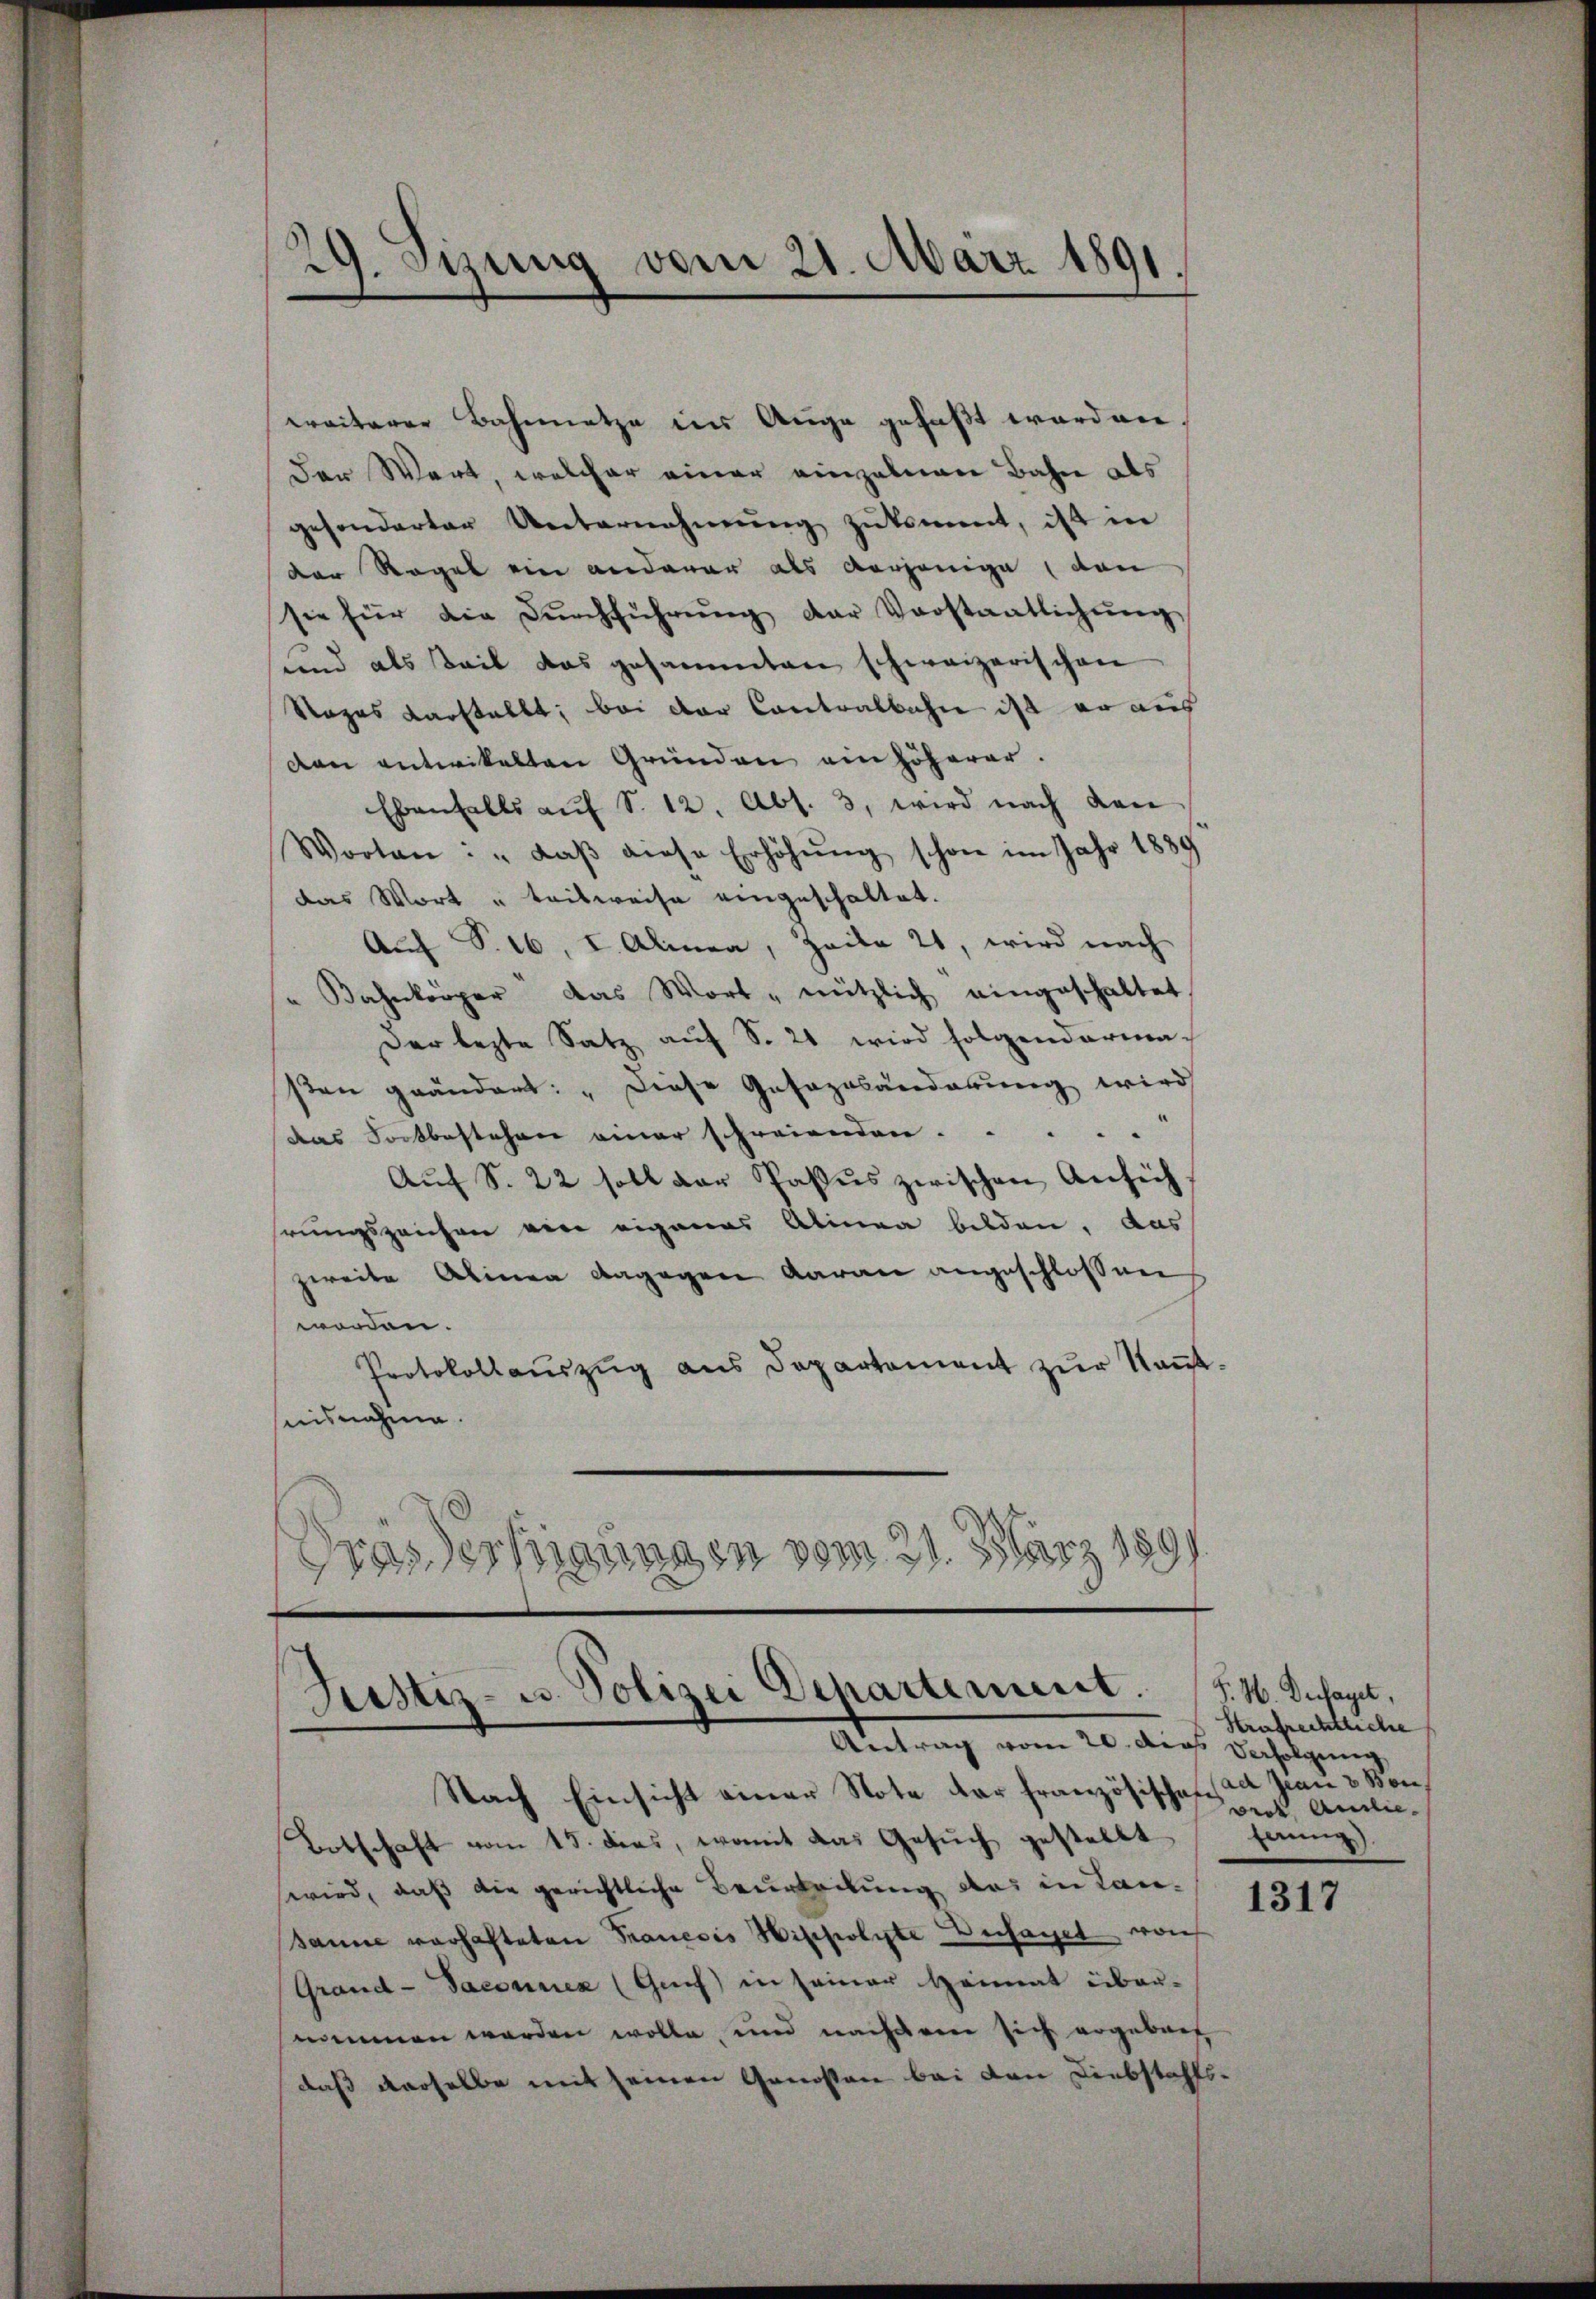
29. Stung vom 21. März 1891

weiterer Bahnnetze ins Auge gefaßt worden
Der Wert, welcher einer einzelnen Bahne als
gesonderter Unternehmung zukommt, ist in
der Regel ein anderer als derjenige den
sie für die Dŭrchführŭng der Vorstaatlichŭng
und als Teil das gesammten schweizerischen
Ropas darstellt; bei der Contralbahne ist er aus
ven entwickelten Gründen ein höherer.
Ebenfalls aŭf S. 12. Abs. 3, wird nach dan
Worten: "daβ diese Erhöhŭng schon im Jahr 1889
das Wort u teilweise eingeschaltet.
Auf S. 16, I. Alinea, Haile 2, wird nach
" Bahnkörper das Wort „nützlich eingeschaltet
Der lezte Satz auf S. 21 wird folgendarma-
sten geändert: „Diese Gesazabänderung wird
das Fortbestehen einer spreisenden. . . . .
Auf S. 22 soll der Pasus zwischen Ansich
rungszeichen von eigenes Alinea bilden, das
zweite Alinen dagegen Aarau angeschlossen
worden.
Protokollaŭszŭg ans Departement zŭr Kant.
seisnahme.
Drassertigungen vom 21. März 1891

Justiz- u. Polizei Departement.
Antrag vom 20. Das Verfolgung

Nach Einsicht einer Note der französischen Jean 3 Bon¬
Botschaft vom 15. dies, womit das Gesuch gestellt
wird, daß die gerichtliche Beurteilung des in Lansanne vorhafteten Tranesis Hippolyte Zusaget von
Grand-Saconuen (Genf in seiner Heimat über-
nommen werden wolle, und nachdem sich ergebach
daß derselbe mit seinen Genossen bei den Diebstahls¬

F. W. Dessaget,
Strafrechtliche
were Auslieanng

1317